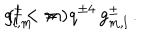
g _ { l , m } ^ { \pm } \; = \; q ^ { \pm 4 } \, g _ { m , l } ^ { \pm } \, . \hspace { 2 c m } ( l < m )